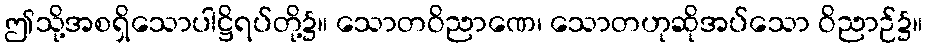
ဤသို့အစရှိသောပါဋ္ဌိရပ်တို့၌။ သောတဝိညာဏေ၊ သောတဟုဆိုအပ်သော ဝိညာဉ်၌။